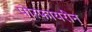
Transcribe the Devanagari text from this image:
पोरफायरीन